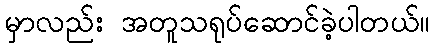
မှာလည်း အတူသရုပ်ဆောင်ခဲ့ပါတယ်။